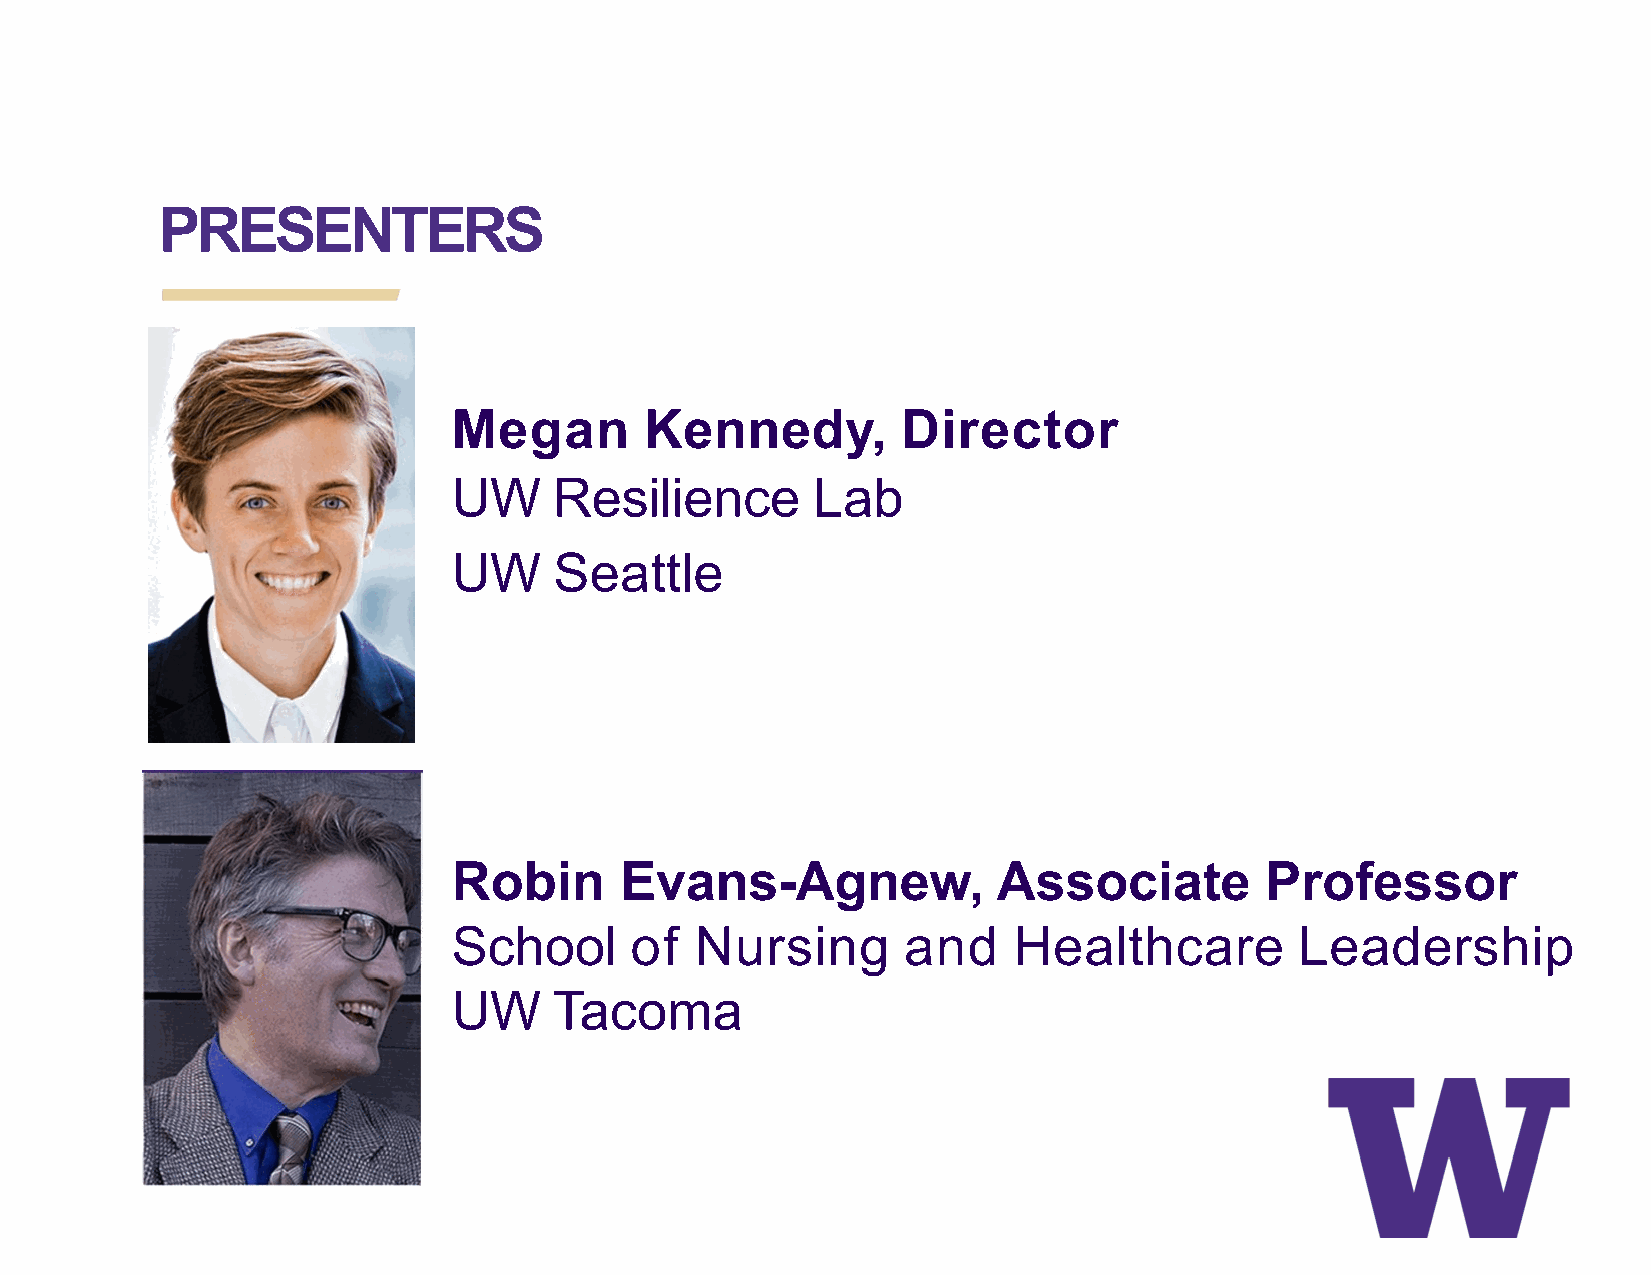
PRESENTERS
 Megan        Kennedy,         Director
 UW     Resilience       Lab
 UW     Seattle
 Robin      Evans-Agnew,             Associate         Professor
 School      of  Nursing       and    Healthcare         Leadership
 UW     Tacoma